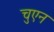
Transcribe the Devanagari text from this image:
चुएन